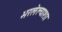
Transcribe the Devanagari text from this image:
भरलेल्याशा